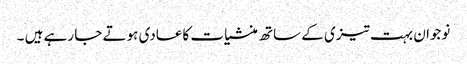
نوجوان بہت تیزی کے ساتھ منشیات کاعادی ہوتے جا رہے ہیں ۔